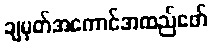
ချမှတ်အကောင်အထည်ဖော်